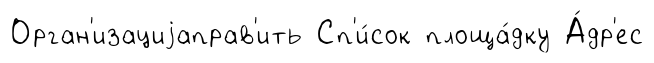
Орган'изациjаправ'ить Сп'и́сок площа́дку А́др'ес